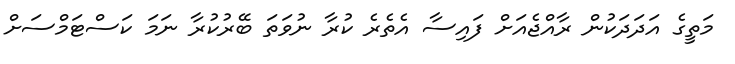
މަތީގެ އަދަދަކުން ރާއްޖެއަށް ފައިސާ އެތެރެ ކުރާ ނުވަތަ ބޭރުކުރާ ނަމަ ކަސްޓަމްސަށް